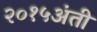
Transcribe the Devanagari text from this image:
२०१५अंती